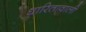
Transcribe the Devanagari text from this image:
धारितावाली